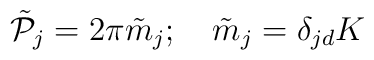
\tilde {\cal P}_{j}=2\pi \tilde m_{j};\quad \tilde m_{j} = \delta_{jd} K